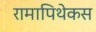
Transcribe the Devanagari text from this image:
रामापिथेकस